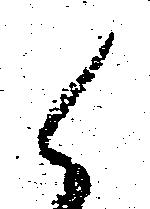
候